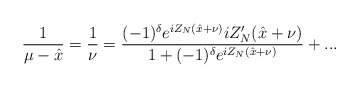
\begin{align*}\displaystyle\frac{1}{\mu -\hat{x}}=\displaystyle\frac{1}{\nu }=\displaystyle\frac{(-1)^{\delta }e^{iZ_{N}(\hat{x}+\nu )}iZ_{N}'(\hat{x}+\nu )}{1+(-1)^{\delta }e^{iZ_{N}(\hat{x}+\nu )}}+...\end{align*}